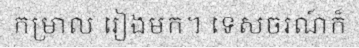
កម្រាល រៀងមក។ ទេសចរណ៍ក៏